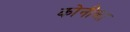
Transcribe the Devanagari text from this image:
कोनीला